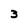
Character: 3